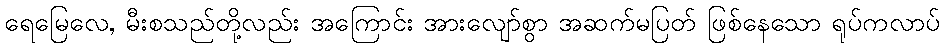
ရေမြေလေ, မီးစသည်တို့လည်း အကြောင်း အားလျော်စွာ အဆက်မပြတ် ဖြစ်နေသော ရုပ်ကလာပ်